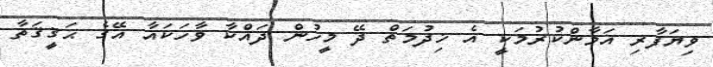
ވިޔަފާރި އަމާންކުރުމަކީ އެ ޚިދުމަތް ދޭ މީހުން ދައްކާ ވާހަކައާ އޭގެ ޙަޤީޤަތާ